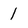
Character: 1